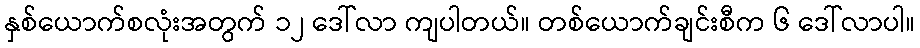
နှစ်ယောက်စလုံးအတွက် ၁၂ ဒေါ်လာ ကျပါတယ်။ တစ်ယောက်ချင်းစီက ၆ ဒေါ်လာပါ။